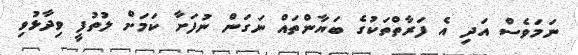
ނަމަވެސް އަދި އެ ފަރާތްތަކުގެ ބަޔާންތައް ނަގަން ނުފަށާ ކަމަށް ލުތުފީ ވިދާޅުވި